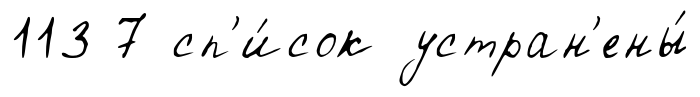
113 7 сп'и́сок устран'ены́